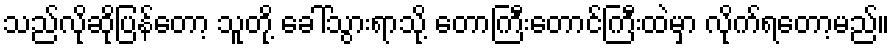
သည်လိုဆိုပြန်တော့ သူတို့ ခေါ်သွားရာသို့ တောကြီးတောင်ကြီးထဲမှာ လိုက်ရတော့မည်။